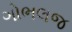
ગોભલજ